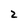
Character: 2